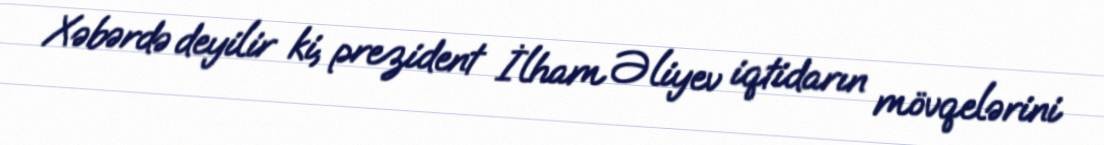
Xəbərdə deyilir ki, prezident İlham Əliyev iqtidarın mövqelərini